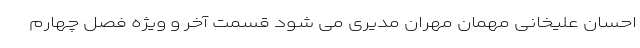
احسان علیخانی مهمان مهران مدیری می شود قسمت آخر و ویژه فصل چهارم